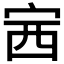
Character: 𡧳